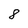
Character: 8